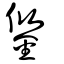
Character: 鋚